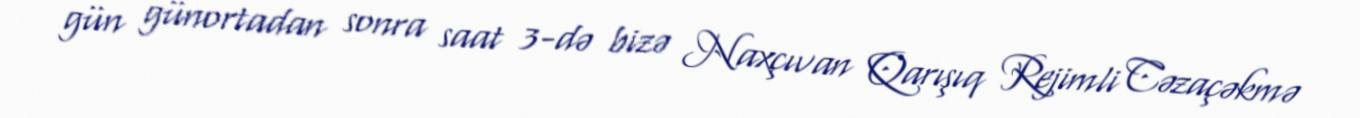
gün günortadan sonra saat 3-də bizə Naxçıvan Qarışıq Rejimli Cəzaçəkmə